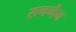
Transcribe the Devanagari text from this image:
सचमैन